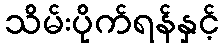
သိမ်းပိုက်ရန်နှင့်